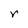
Character: v